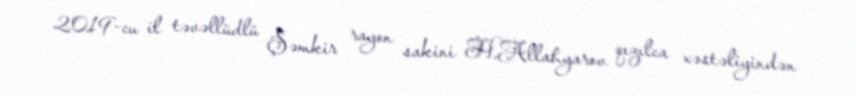
2019-cu il təvəllüdlü Şəmkir rayon sakini H.Allahyarov qızılca xəstəliyindən